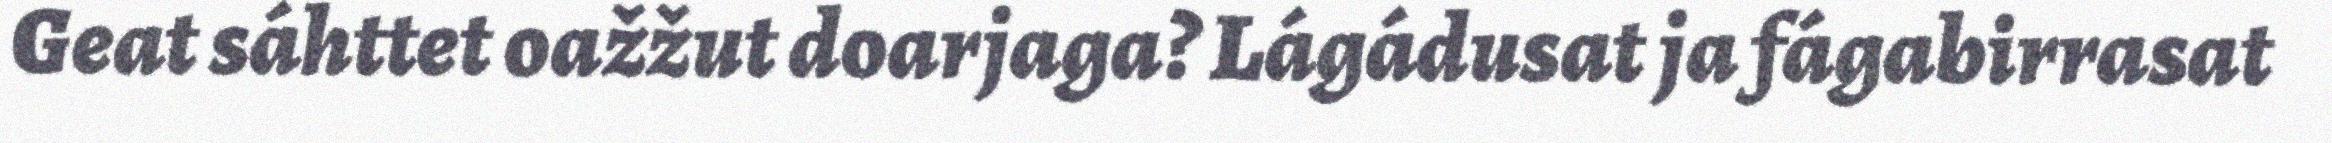
Geat sáhttet oažžut doarjaga? Lágádusat ja fágabirrasat